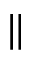
\parallel